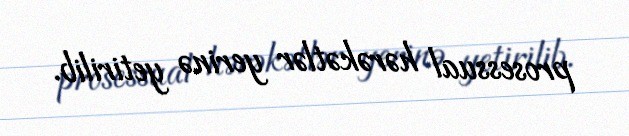
prosessual hərəkətlər yerinə yetirilib.